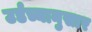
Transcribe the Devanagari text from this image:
उर्डच्यानुसार